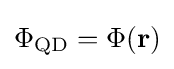
\Phi _{\text{QD}}=\Phi (\mathbf {r} )